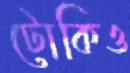
টোকিও